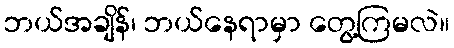
ဘယ်အချိန်၊ ဘယ်နေရာမှာ တွေ့ကြမလဲ။